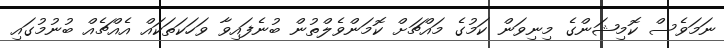
ނަމަވެސް ކޮމިޝަންގެ މިނިވަން ކަމުގެ މައްޗަށް ކޮމަންވެލްތުން ބުނެފައިވާ ވަހަކަތަކައް އެއްޗެއް ބުނުމުގައި